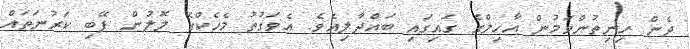
ދެން ހިނިތުންވަމުން އާހިލްގެ ގައިގައި ބައްދާލިއެވެ. އެވަގުތު މެހެކްގެ ލޮލުން ފޭބި ކަރުނަތައް